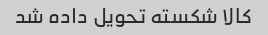
کالا شکسته تحویل داده شد